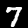
Label: 7